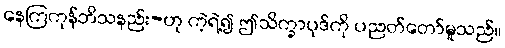
နေကြကုန်ဘိသနည်း-ဟု ကဲ့ရဲ့၍ ဤသိက္ခာပုဒ်ကို ပညတ်တော်မူသည်။